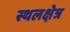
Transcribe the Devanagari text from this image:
स्थलक्षेत्र